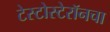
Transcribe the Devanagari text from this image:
टेस्टोस्टेरॉनचा